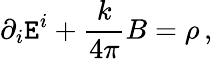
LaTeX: \partial_{i}\mathtt{E}^{i}+\frac{{k}}{{4\pi}}B=\rho\, ,